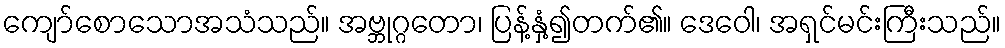
ကျော်စောသောအသံသည်။ အဗ္ဘုဂ္ဂတော၊ ပြန့်နှံ့၍တက်၏။ ဒေဝေါ၊ အရှင်မင်းကြီးသည်။